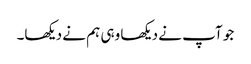
جو آپ نے دیکھا وہی ہم نے دیکھا۔